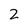
Character: 2